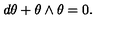
d \theta + \theta \wedge \theta = 0 .